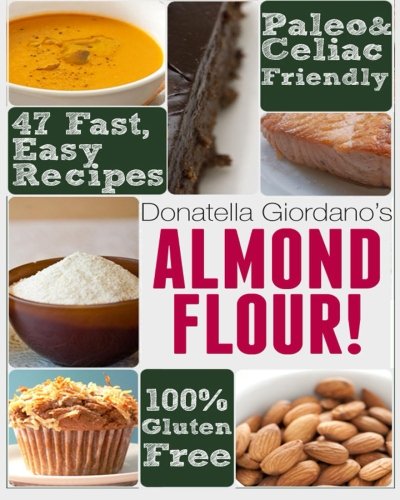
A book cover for Almond Flour! Gluten Free & Paleo Diet Cookbook: 47 Irresistible Cooking & Baking Recipes for Wheat Free, Paleo and Celiac Diets (Gluten-Free Goodness Series); Donatella Giordano; Cookbooks, Food & Wine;